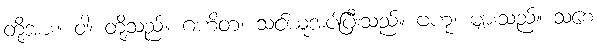
တို့အား။ ဝါ၊ တို့သည်။ ဂဟိတံ၊ သင်ယူအပ်ပြီးသည်။ ဗဟု၊ များသည်။ သစေ